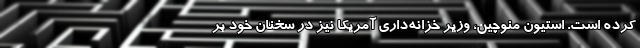
کرده است. استیون منوچین، وزیر خزانه‌داری آمریکا نیز در سخنان خود بر